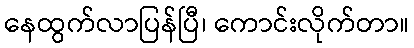
နေထွက်လာပြန်ပြီ၊ ကောင်းလိုက်တာ။